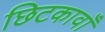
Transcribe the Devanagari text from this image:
छिटकावाँ